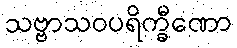
သဗ္ဗာသဝပရိက္ခီဏော